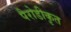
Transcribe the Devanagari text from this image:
पैरोडीकृत